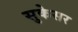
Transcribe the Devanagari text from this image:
सुकेसर